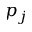
p _ { j }